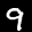
Label: 9